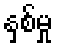
နှစ်မှု